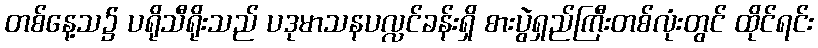
တစ်နေ့သ၌ ပရိုသီရိုးသည် ပဒုမာသနပလ္လင်ခန်းရှိ စားပွဲရှည်ကြီးတစ်လုံးတွင် ထိုင်ရင်း